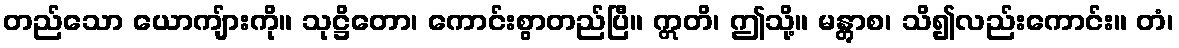
တည်သော ယောကျ်ားကို။ သုဋ္ဌိတော၊ ကောင်းစွာတည်ပြီ။ ဣတိ၊ ဤသို့။ မန္တွာစ၊ သိ၍လည်းကောင်း။ တံ၊